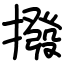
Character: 撥